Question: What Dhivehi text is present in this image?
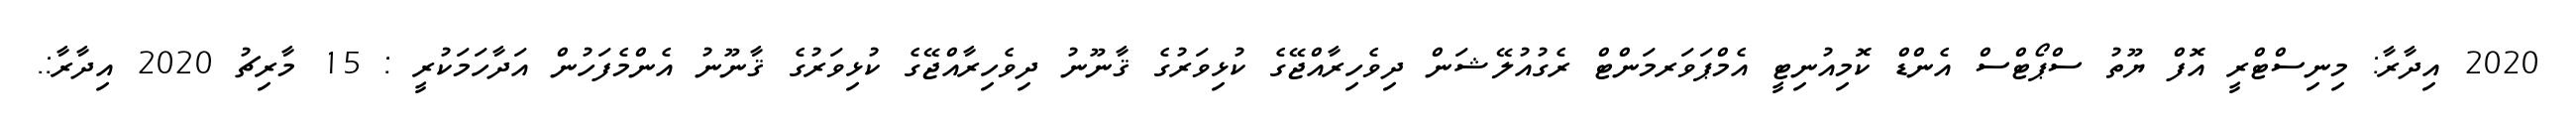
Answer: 2020 އިދާރާ: މިނިސްޓްރީ އޮފް ޔޫތު ސްޕޯޓްސް އެންޑް ކޮމިއުނިޓީ އެމްޕަވަރމަންޓް ރެގުއުލޭޝަން ދިވެހިރާއްޖޭގެ ކުޅިވަރުގެ ޤާނޫނު ދިވެހިރާއްޖޭގެ ކުޅިވަރުގެ ޤާނޫނު އެންމެފަހުން އަދާހަމަކުރީ : 15 މާރިޗު 2020 އިދާރާ:.